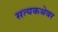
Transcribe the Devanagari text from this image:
सत्यकथेवर